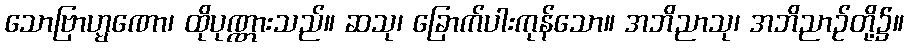
သောဗြာဟ္မဏော၊ ထိုပုဏ္ဏားသည်။ ဆသု၊ ခြောက်ပါးကုန်သော။ အဘိညာသု၊ အဘိညာဉ်တို့၌။